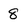
Character: 8